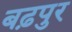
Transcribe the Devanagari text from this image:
बढ़पुर